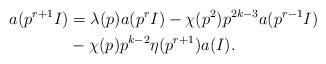
LaTeX: \begin{align*}a({p^{r+1}}I)&=\lambda(p)a({p^r}I)-\chi(p^2)p^{2k-3}a({p^{r-1}}I)\\&-\chi(p)p^{k-2}\eta(p^{r+1})a(I).\end{align*}